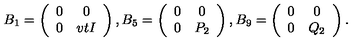
B _ { 1 } = \left( \begin{array} { c c } { 0 } & { 0 } \\ { 0 } & { v t I } \\ \end{array} \right) , B _ { 5 } = \left( \begin{array} { c c } { 0 } & { 0 } \\ { 0 } & { P _ { 2 } } \\ \end{array} \right) , B _ { 9 } = \left( \begin{array} { c c } { 0 } & { 0 } \\ { 0 } & { Q _ { 2 } } \\ \end{array} \right) .